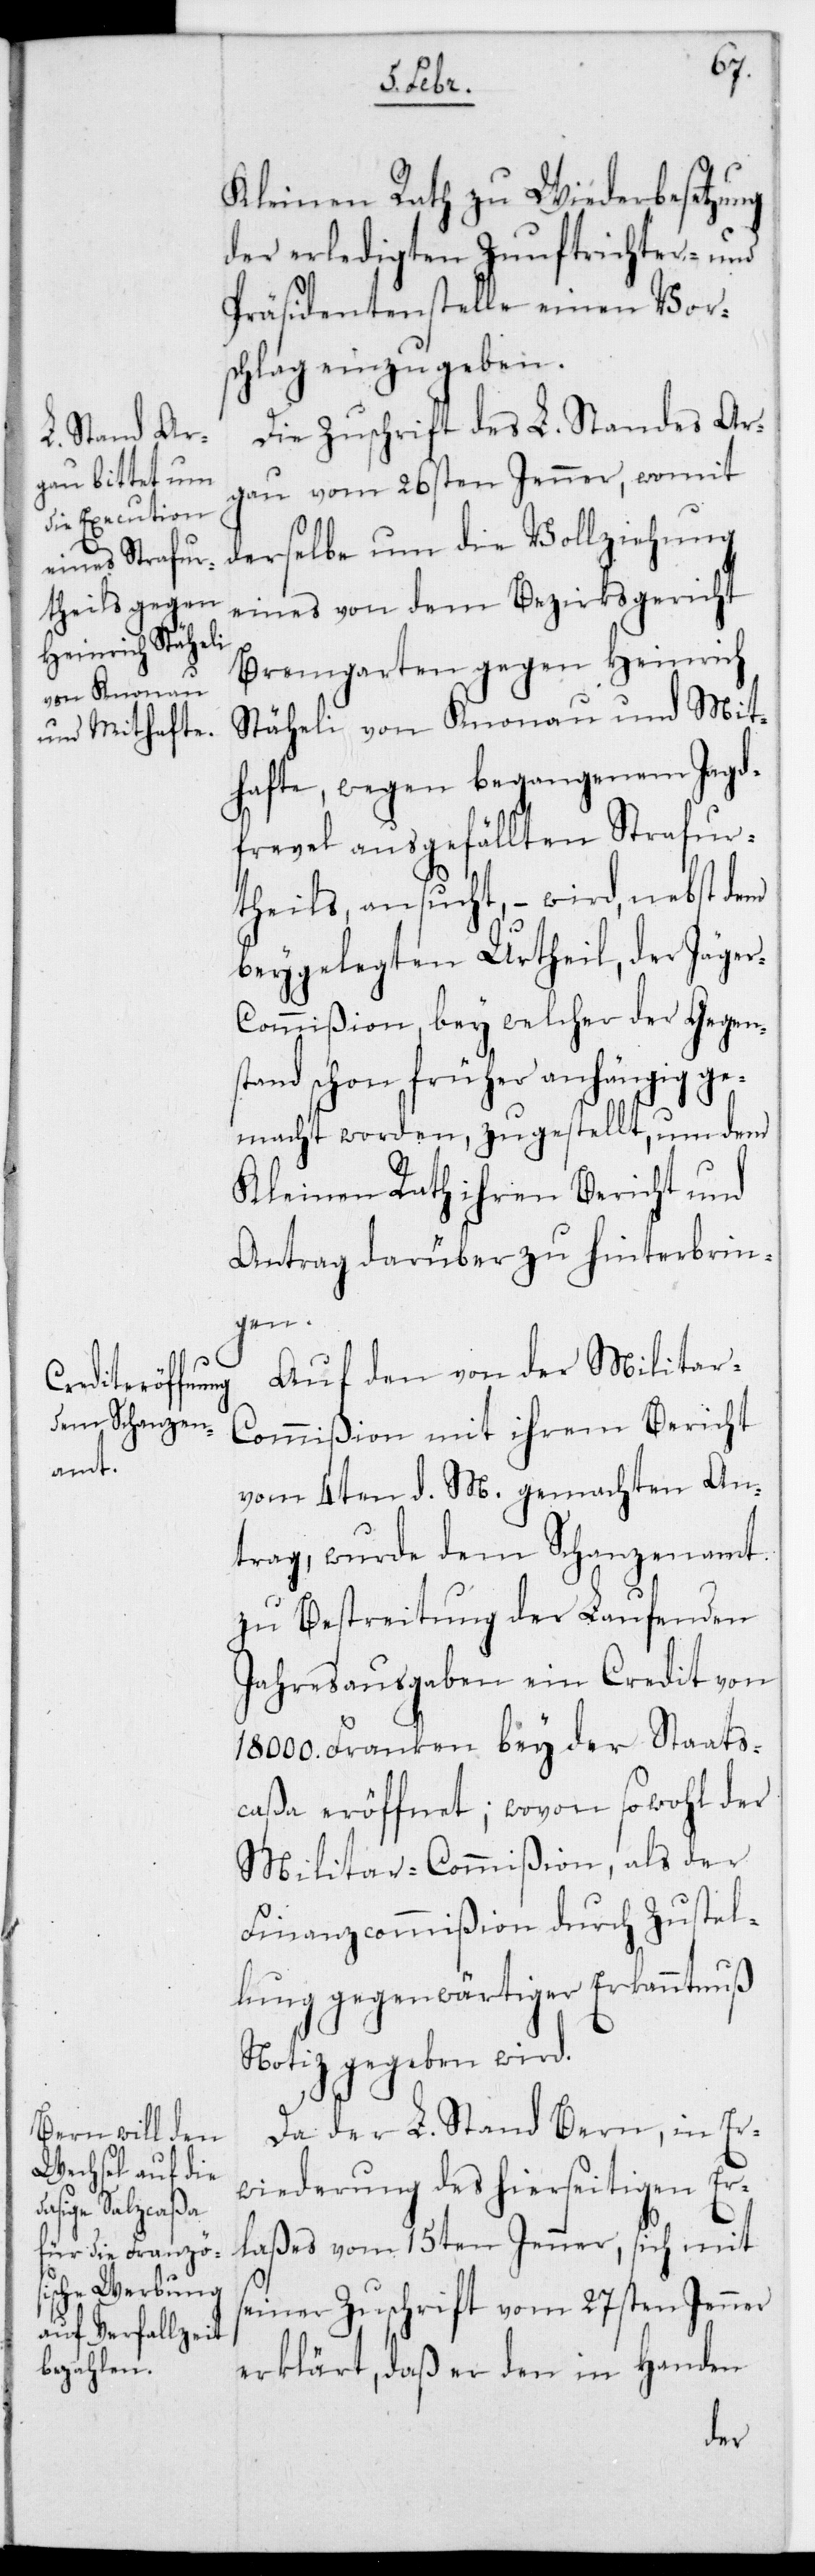
Kleinen Rath zu Wiederbesetzung
der erledigten Zunftrichter- und
Präsidentenstelle einen Vors¬
chlag einzugeben.
Die Zuschrift des L. Standes Ar¬
gau vom 26sten Jenner, womit
derselbe um die Vollziehung
eines von dem Bezirksgericht
Bremgarten gegen Heinrich
Stäheli von Knonau und Mit¬
hafte, wegen begangenem Jagd¬
frevel ausgefällten Strafur¬
theils, ansucht, – wird, nebst dem
beygelegten Urtheil, der Jäger¬
commißion, bey welcher der Gegens¬
tand schon früher anhängig ge¬
macht worden, zugestellt, um dem
Kleinen Rath ihren Bericht und
Antrag darüber zu hinterbrin¬
gen.
Auf den von der Militar-C¬
ommißion mit ihrem Bericht
vom 4ten d. M. gemachten An¬
trag, wurde dem Schanzenamt
zu Bestreitung der laufenden
Jahresausgaben ein Credit von
18 000. Franken bey der Staats¬
caßa eröffnet; wovon sowohl der
Militar-Commißion als der
Finanzcommißion durch Zustel¬
lung gegenwärtiger Erkanntnuß
Notiz gegeben wird.
Da der L. Stand Bern, in Er¬
widerung des hierseitigen Er¬
laßes vom 15ten Jenner, sich mit
seiner Zuschrift vom 27sten Jenner
erklärt, daß er den in Handen